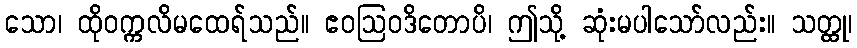
သော၊ ထိုဝက္ကလိမထေရ်သည်။ ဧဝဩဝဒိတောပိ၊ ဤသို့ ဆုံးမပါသော်လည်း။ သတ္ထု၊